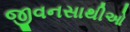
જીવનસાથીઓ